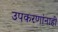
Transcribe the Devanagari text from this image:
उपकरणांनाही